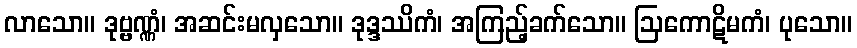
လာသော။ ဒုဗ္ဗဏ္ဏံ၊ အဆင်းမလှသော။ ဒုဒ္ဒဿိကံ၊ အကြည့်ခက်သော။ ဩကောဋိမကံ၊ ပုသော။